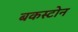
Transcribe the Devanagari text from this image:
बकस्टोन